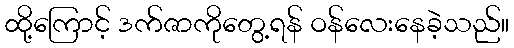
ထို့ကြောင့် ဒက်ဇာကိုတွေ့ရန် ဝန်လေးနေခဲ့သည်။